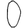
Digit: 0